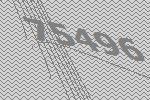
75496